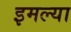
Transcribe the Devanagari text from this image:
इमल्या